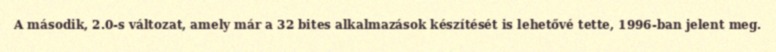
A második, 2.0-s változat, amely már a 32 bites alkalmazások készítését is lehetővé tette, 1996-ban jelent meg.